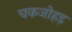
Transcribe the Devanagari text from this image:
चकजोहड़